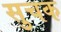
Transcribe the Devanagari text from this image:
सुचक